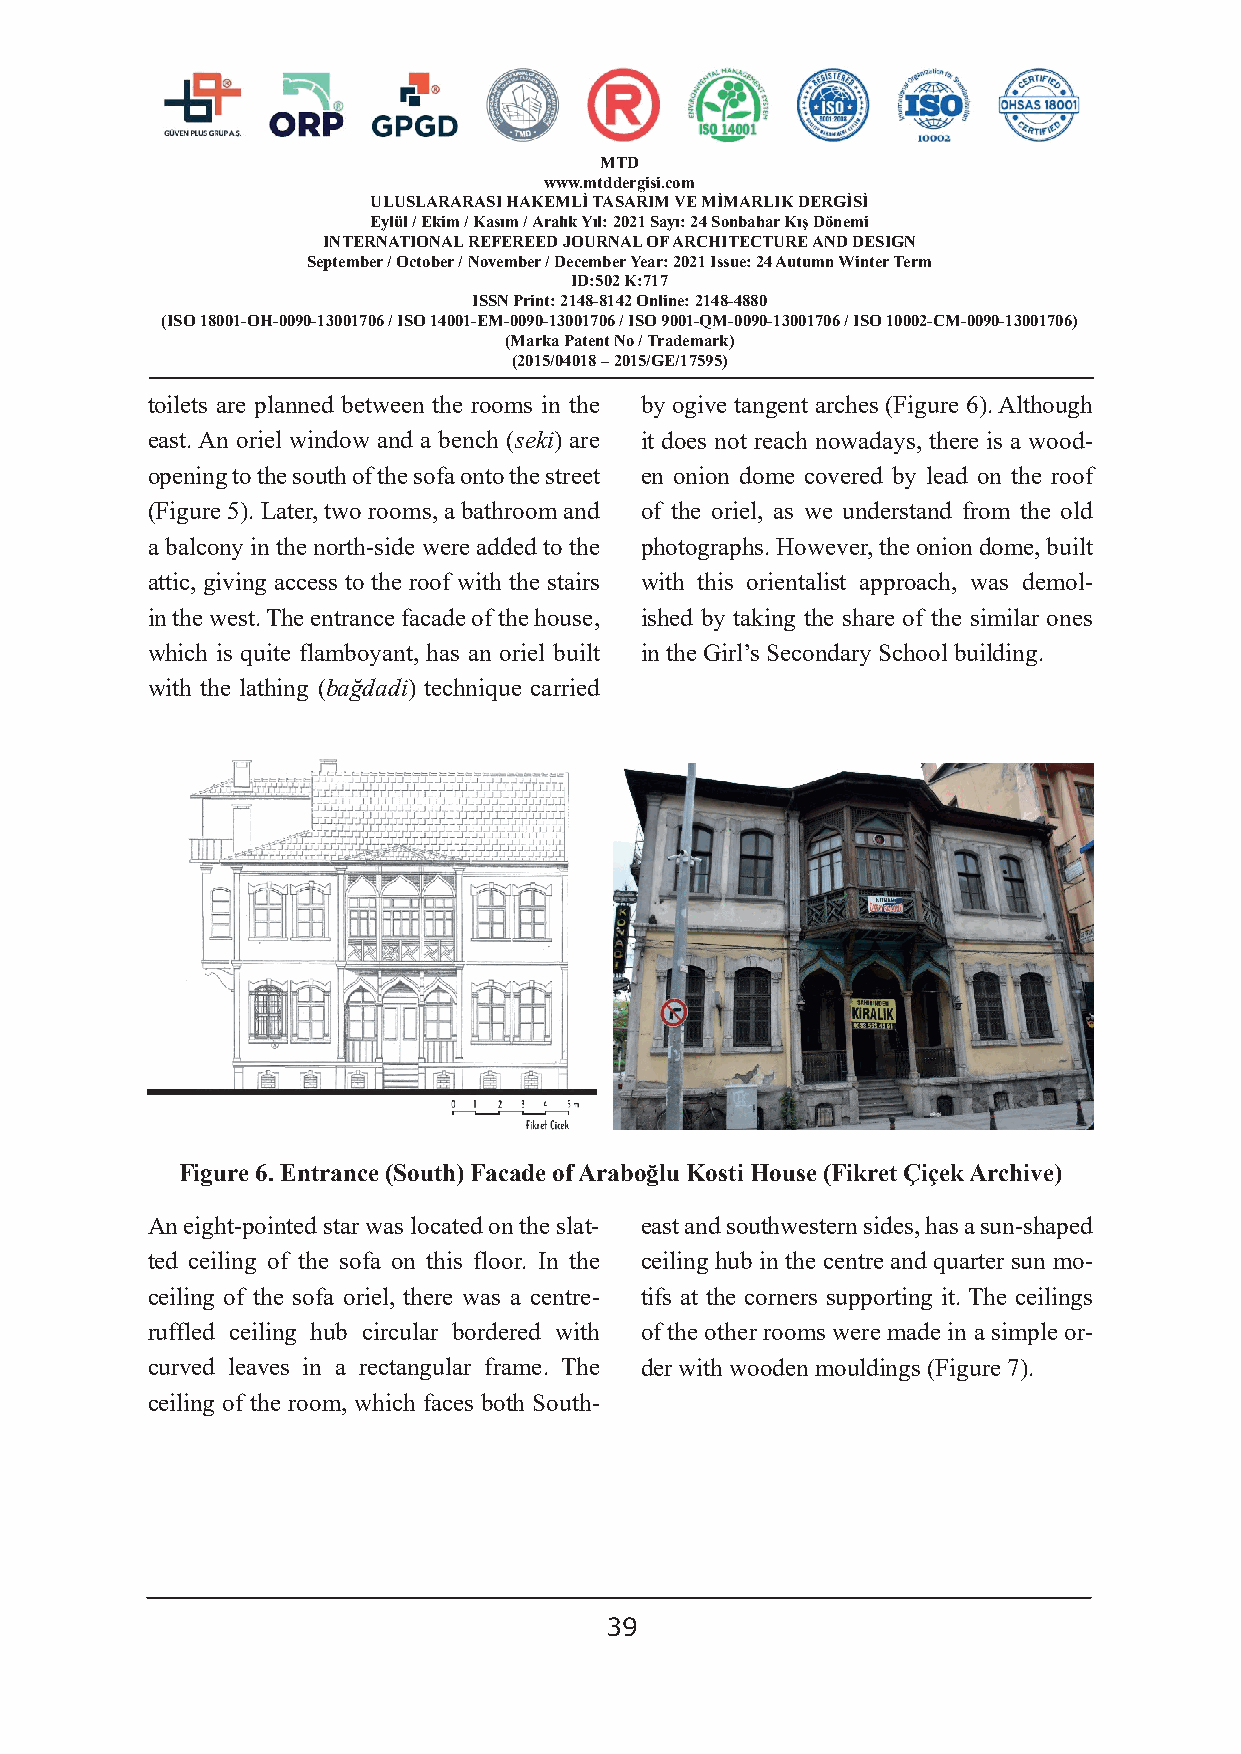
MTD
 www.mtddergisi.com
 ULUSLARARASI HAKEMLİ TASARIM VE MİMARLIK DERGİSİ
 Eylül / Ekim / Kasım / Aralık Yıl: 2021 Sayı: 24 Sonbahar Kış Dönemi
 INTERNATIONAL REFEREED JOURNAL OF ARCHITECTURE AND DESIGN
 September / October / November / December Year: 2021 Issue: 24 Autumn Winter Term
 ID:502 K:717
 ISSN Print: 2148-8142 Online: 2148-4880
 (ISO 18001-OH-0090-13001706 / ISO 14001-EM-0090-13001706 / ISO 9001-QM-0090-13001706 / ISO 10002-CM-0090-13001706)
 (Marka Patent No / Trademark)
 (2015/04018 – 2015/GE/17595)
 toilets are planned between the rooms in the by ogive tangent arches (Figure 6). Although
 east. An oriel window and a bench (seki) are it does not reach nowadays, there is a wood-
 opening to the south of the sofa onto the street en onion dome covered by lead on the roof
 (Figure 5). Later, two rooms, a bathroom and of the oriel, as we understand from the old
 a balcony in the north-side were added to the photographs. However, the onion dome, built
 attic, giving access to the roof with the stairs with this orientalist approach, was demol-
 in the west. The entrance facade of the house, ished by taking the share of the similar ones
 which is quite flamboyant, has an oriel built in the Girl’s Secondary School building.
 with the lathing (bağdadi) technique carried
 Figure 6. Entrance (South) Facade of Araboğlu Kosti House (Fikret Çiçek Archive)
 An eight-pointed star was located on the slat- east and southwestern sides, has a sun-shaped
 ted ceiling of the sofa on this floor. In the ceiling hub in the centre and quarter sun mo-
 ceiling of the sofa oriel, there was a centre- tifs at the corners supporting it. The ceilings
 ruffled ceiling hub circular bordered with of the other rooms were made in a simple or-
 curved leaves in a rectangular frame. The der with wooden mouldings (Figure 7).
 ceiling of the room, which faces both South-
 39